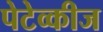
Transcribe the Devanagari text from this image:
पेटेव्कीज